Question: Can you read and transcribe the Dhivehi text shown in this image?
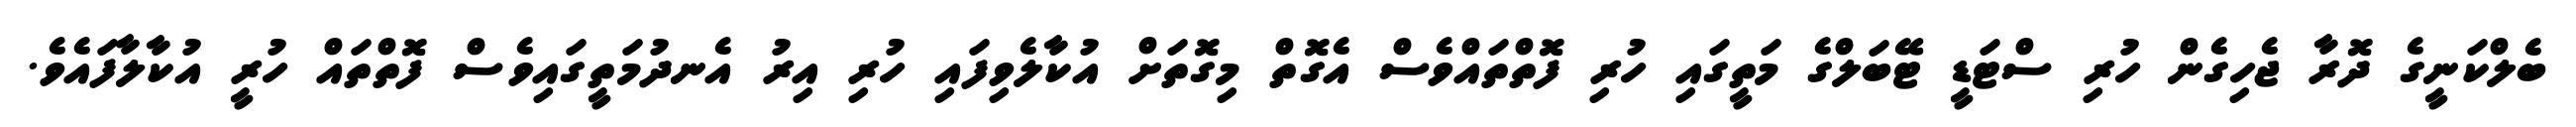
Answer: ބެލްކަނީގެ ދޮރާ ޖެހިގެން ހުރި ސްޓަޑީ ޓޭބަލްގެ މަތީގައި ހުރި ފޮތްތައްވެސް އެގޮތް މިގޮތަށް އުކާލެވިފައި ހުރި އިރު އެނދުމަތީގައިވެސް ފޮތްތައް ހުރީ އުކާލާފައެވެ.